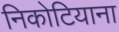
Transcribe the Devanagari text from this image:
निकोटियाना